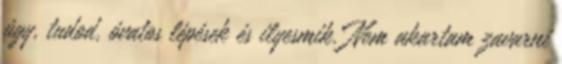
úgy, tudod, óvatos lépések és ilyesmik. Nem akartam zavarni